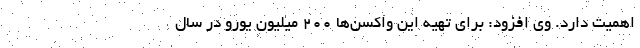
اهمیت دارد. وی افزود: برای تهیه این واکسن‌ها ۲۰۰ میلیون یورو در سال